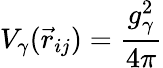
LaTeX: V_{\gamma}(\vec{r}_{ij})=\frac{g_{\gamma}^{2}}{4\pi}